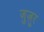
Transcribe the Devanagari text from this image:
जुज़ुर